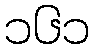
၁၆၁